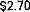
$2.70